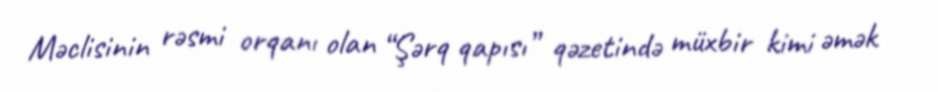
Məclisinin rəsmi orqanı olan “Şərq qapısı” qəzetində müxbir kimi əmək